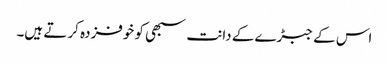
اس کے جبڑے کے دانت سبھی کو خوفزدہ کر تے ہیں۔